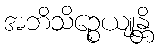
အဘိသိဉ္စေယျုန္တိ